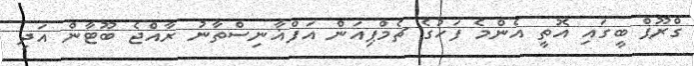
ގްރޫޕް ބީގައި އޮތީ އެންމެ ފަހުގެ ޗެމްޕިއަން އަފްޣާނިސްތާނު ރާއްޖެ ބޫޓާން އަދި